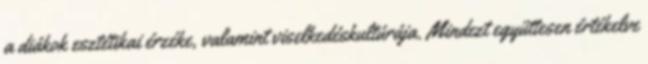
a diákok esztétikai érzéke, valamint viselkedéskultúrája. Mindezt együttesen értékelve